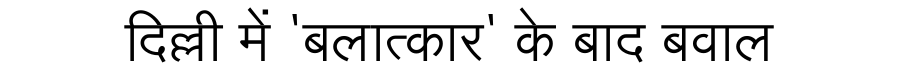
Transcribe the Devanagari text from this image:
दिल्ली में 'बलात्कार' के बाद बवाल